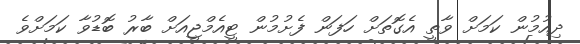
ދިއުމުން ކަމަށް ވާތީ އެގޮތަށް ހަފަން ފެށުމުން ޓީއެމްޖީއަށް ބާރު ބޮޑުވާ ކަމަށްވެ